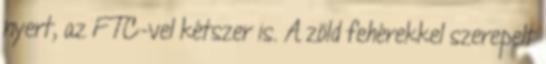
nyert, az FTC-vel kétszer is. A zöld fehérekkel szerepelt